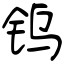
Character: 钨